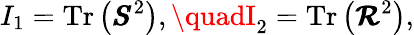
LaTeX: I_{1}=\operatorname{Tr}\left(\pmb{S}^{2}\right),\quadI_{2}=\operatorname{Tr}\left(\pmb{\mathcal{R}}^{2}\right),